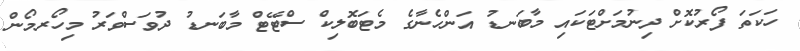
ހަކަތަ ފޯރުކޮށް ދިނުމަށްޓަކައި މާބަނޑު އަންހެނާގެ މެޓަބޮލިކް ސްޓޭޓް މާބަނޑު ދުވަސްވަރު މިހޯރމޯން